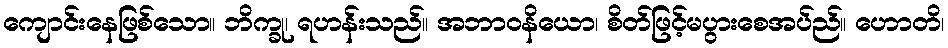
ကျောင်းနေဖြစ်သော။ ဘိက္ခု၊ ရဟန်းသည်။ အဘာဝနိယော၊ စိတ်ဖြင့်မပွားစေအပ်ည်။ ဟောတိ၊